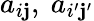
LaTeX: a_{i\mathbf{j}},\ a_{i^{\prime}\mathbf{j}^{\prime}}